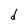
Character: d